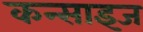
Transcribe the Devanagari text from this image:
कन्साइज